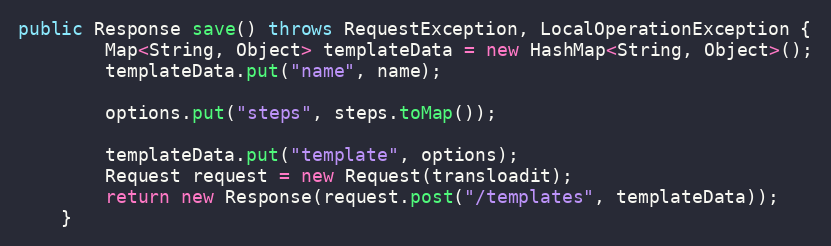
Language: Java
public Response save() throws RequestException, LocalOperationException {
        Map<String, Object> templateData = new HashMap<String, Object>();
        templateData.put("name", name);

        options.put("steps", steps.toMap());

        templateData.put("template", options);
        Request request = new Request(transloadit);
        return new Response(request.post("/templates", templateData));
    }